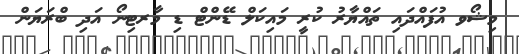
މިޝޯވ އުފައްދައި ތައްޔާރު ކުރީ މައިކަލް ޑޭންޓް ޑި މާރޓިނޯ އަދި ބްރަޔަން